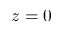
z = 0